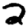
Digit: 2